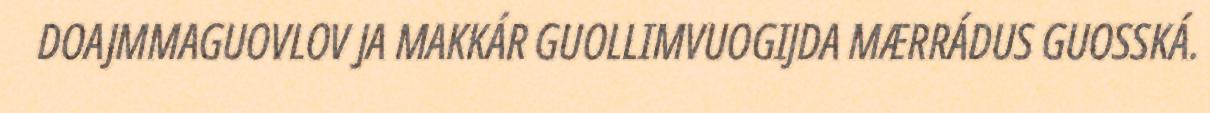
DOAJMMAGUOVLOV JA MAKKÁR GUOLLIMVUOGIJDA MÆRRÁDUS GUOSSKÁ.